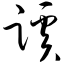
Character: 蹊